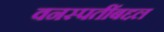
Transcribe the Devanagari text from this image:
वनस्पतींबद्दल